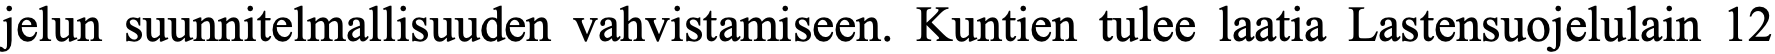
jelun suunnitelmallisuuden vahvistamiseen. Kuntien tulee laatia Lastensuojelulain 12